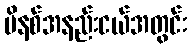
မိနစ်အနည်းငယ်အတွင်း